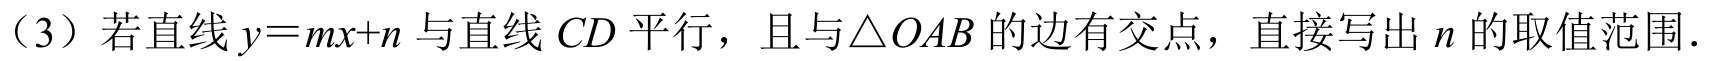
（3）若直线$y = mx + n$与直线$CD$平行，且与$\triangle OAB$的边有交点，直接写出$n$的取值范围．